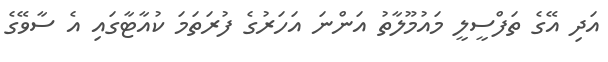
އަދި އޭގެ ތަފްސީލީ މައުމޫލާތު އަންނަ އަހަރުގެ ފުރަތަމަ ކުއާޓާގައި އެ ސާވޭގެ